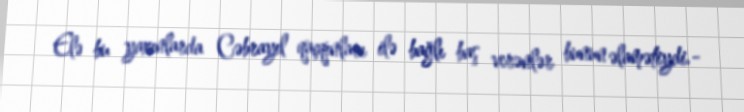
Elə bu yaxınlarda Cəbrayıl qaçqınları ilə bağlı baş verənlər bunun əlamətiydi.-